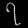
Digit: ၇